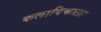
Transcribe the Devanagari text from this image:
कलाविश्वाला